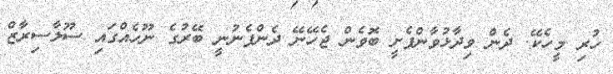
ހުރި މީހެކޭ. ދެން ވިދާޅުވާންފެށީ ބޮވެން ޖެހޭނޭ ދެންފެނުނީ ބޭރުގެ ނޫހެއްގައި ސޫލާސިރާޒް